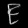
Digit: ၉